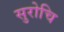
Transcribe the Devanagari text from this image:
सुरोचि